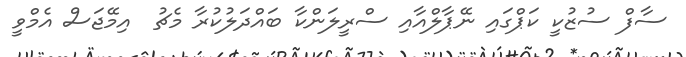
ސާފް ސުޒުކީ ކަޕްގައި ނޭޕާލްއާއި ސްރީލަންކާ ބައްދަލުކުރާ މެޗު  އިމޭޖަސް އެމްވީ